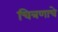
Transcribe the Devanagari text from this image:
चित्रणाचे